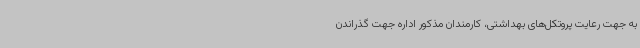
به جهت رعایت پروتکل‌های بهداشتی، کارمندان مذکور اداره جهت گذراندن